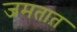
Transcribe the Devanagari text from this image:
जमतात़